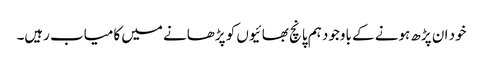
خود ان پڑھ ہونے کے باوجود ہم پانچ بھائیوں کو پڑھانے میں کامیاب رہیں۔